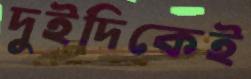
দুইদিকেই